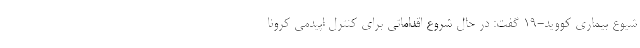
شیوع بیماری کووید-19 گفت: در حال شروع اقداماتی برای کنترل اپیدمی کرونا